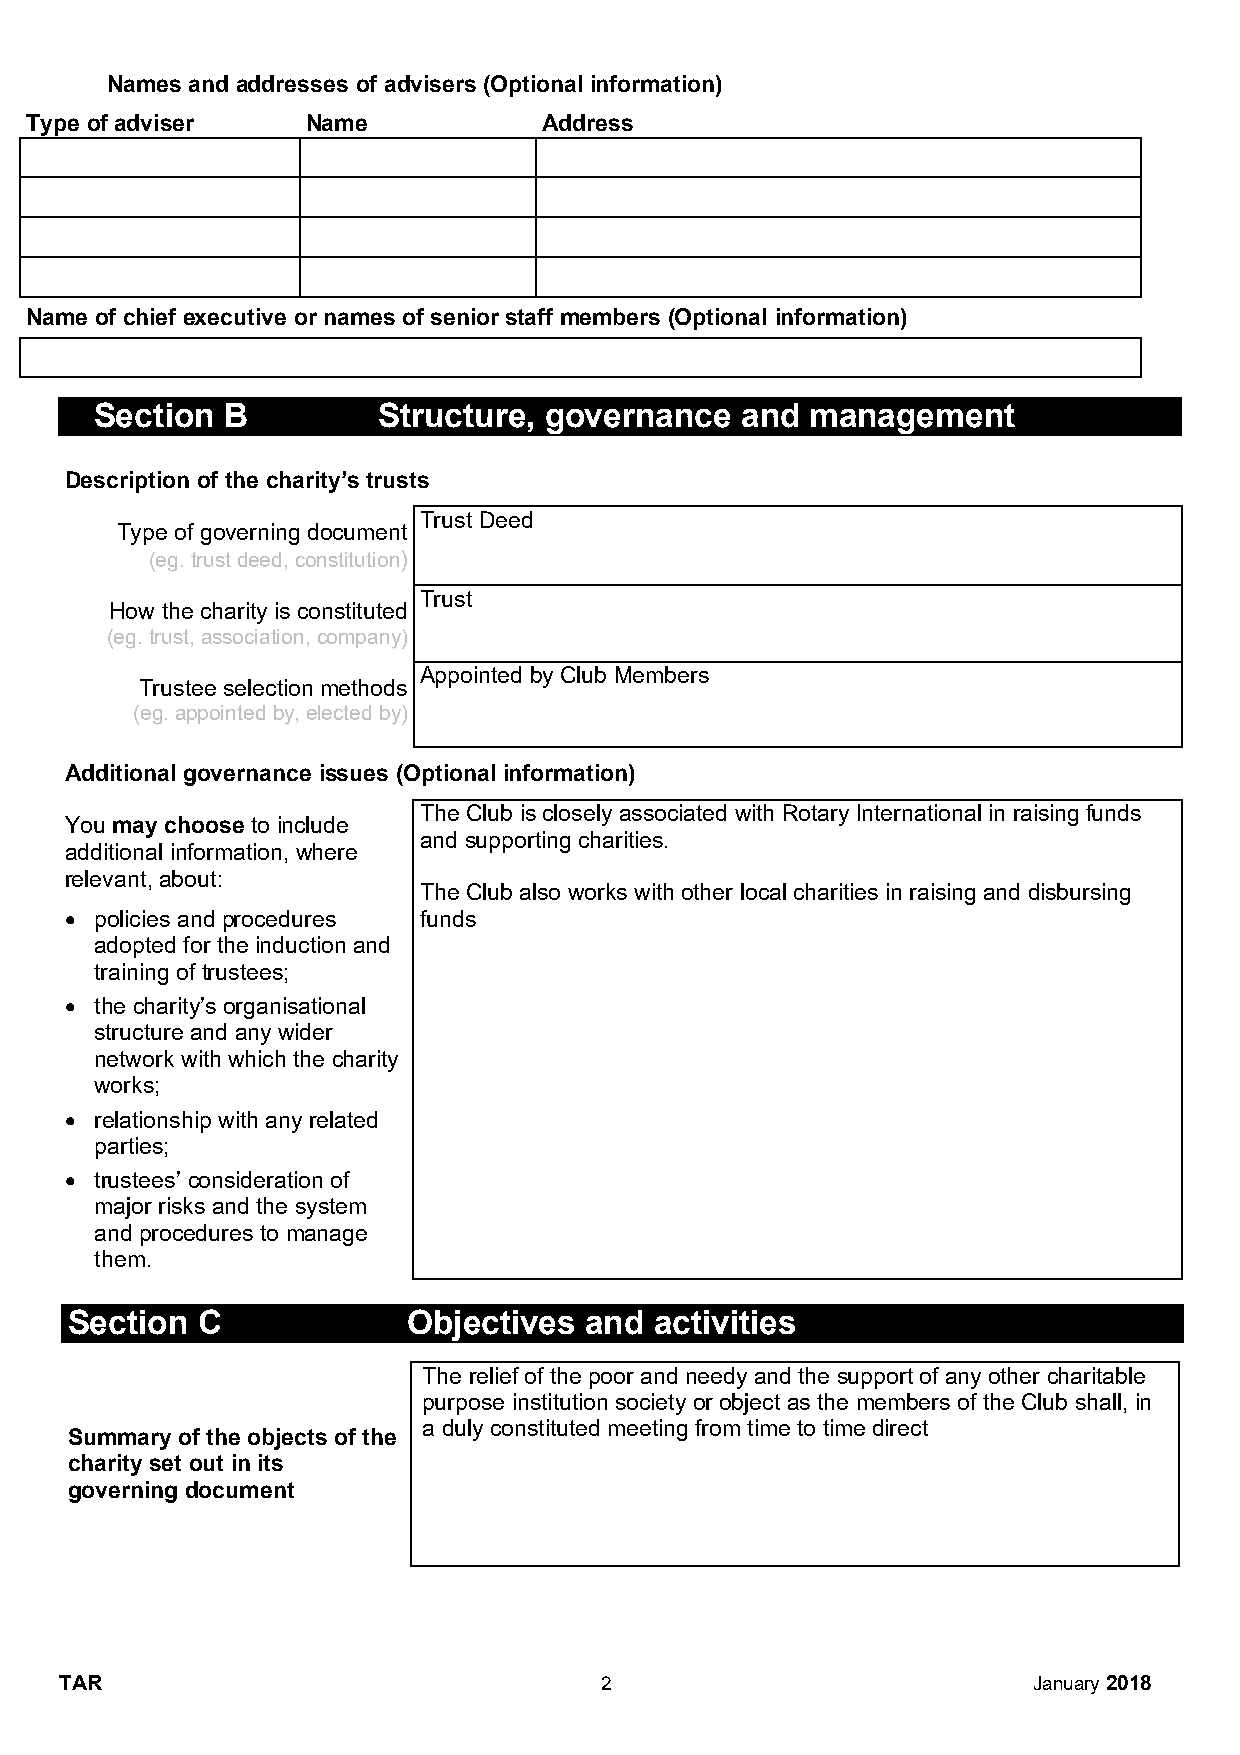
Names and addresses of advisers(Optional information)
 Type of adviser   Name            Address
 Name of chief executive or names of senior staff members (Optional information)
 Section  B         Structure, governance   and  management
 Description of the charity’s trusts
 Trust Deed
 Type of governing document
 (eg.trust deed, constitution)
 Trust
 How the charity is constituted
 (eg.trust, association,company)
 Appointed by Club Members
 Trustee selection methods
 (eg.appointed by, elected by)
 Additional governance issues (Optional information)
 The Club is closely associated with Rotary International in raising funds
 You may choose to include
 and supporting charities.
 additional information, where
 relevant,about:
 The Club also works with other local charities in raising and disbursing
  policies and procedures funds
 adopted for the induction and
 training of trustees;
  the charity’s organisational
 structure and any wider
 network with which the charity
 works;
  relationship with any related
 parties;
  trustees’ consideration of
 major risks and the system
 and procedures to manage
 them.
 Section  C             Objectives  and activities
 The relief of the poor and needy and the support of any other charitable
 purpose institution society or object as the members of the Club shall, in
 a duly constituted meeting from time to time direct
 Summary of the objects of the
 charity set out in its
 governing document
 TAR                                 2                           January2018